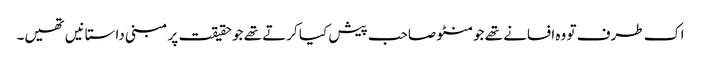
اک طرف تو وہ افسانے تھے جو منٹو صاحب پیش کیا کرتے تھے جو حقیقت پر مبنی داستانیں تھیں۔